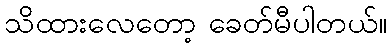
သိထားလေတော့ ခေတ်မီပါတယ်။